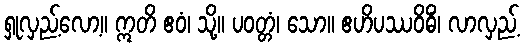
ရှုလှည့်လော့။ ဣတိ ဧဝံ၊ သို့။ ပဝတ္တံ၊ သော။ ဧဟိပဿဝိဓိံ၊ လာလှည့်